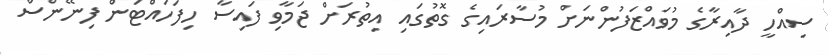
ސިއްހީ ދާއިރާގެ މުވައްޒަފުންނަށް މުސާރައިގެ ގޮތުގައި އިތުރަށް ޖަމާވި ފައިސާ ހިފަހައްޓަން ފިނޭންސް